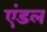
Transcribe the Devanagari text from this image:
एंडल